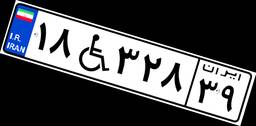
۱۸W۳۲۸۳۹